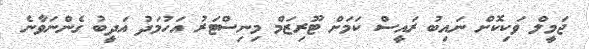
ޖަމީލް ވަކިކޮށް ނައިބު ރައީސް ކަމަށް ޓޫރިޒަމް މިނިސްޓަރު އަހުމަދު އަދީބު ގެންނަވާނެ